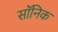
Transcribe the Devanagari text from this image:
सॉनिक